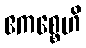
ဧကစ္စေဟိ